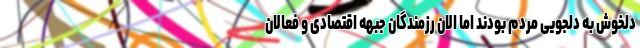
دلخوش به دلجویی مردم بودند اما الان رزمندگان جبهه اقتصادی و فعالان